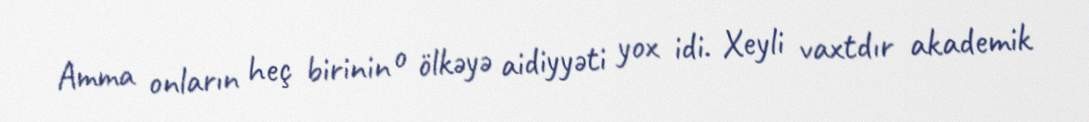
Amma onların heç birinin o ölkəyə aidiyyəti yox idi. Xeyli vaxtdır akademik